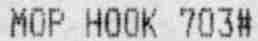
MOP HOOK 703#